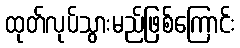
ထုတ်လုပ်သွားမည်ဖြစ်ကြောင်း